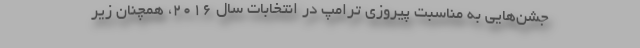
جشن‌هایی به مناسبت پیروزی ترامپ در انتخابات سال ۲۰۱۶، همچنان زیر